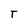
Character: T